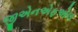
જીએનએફએલ